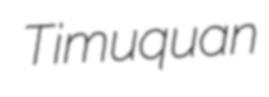
Timuquan